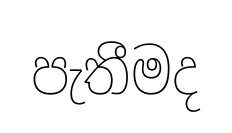
පැතීමද